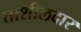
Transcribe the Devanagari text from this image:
ताशीलदार